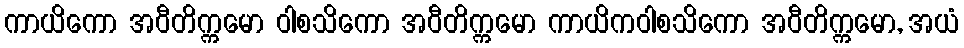
ကာယိကော အဝီတိက္ကမော ဝါစသိကော အဝီတိက္ကမော ကာယိကဝါစသိကော အဝီတိက္ကမော, အယံ